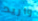
واريد